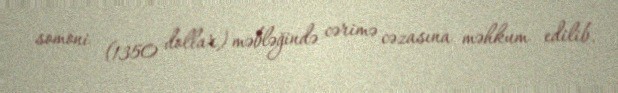
somoni (1350 dollar) məbləğində cərimə cəzasına məhkum edilib.